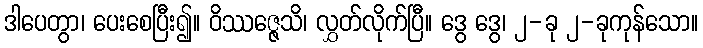
ဒါပေတွာ၊ ပေးစေပြီး၍။ ဝိဿဇ္ဇေသိ၊ လွှတ်လိုက်ပြီ။ ဒွေ ဒွေ၊ ၂-ခု ၂-ခုကုန်သော။